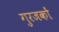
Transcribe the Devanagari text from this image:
गुरजकों